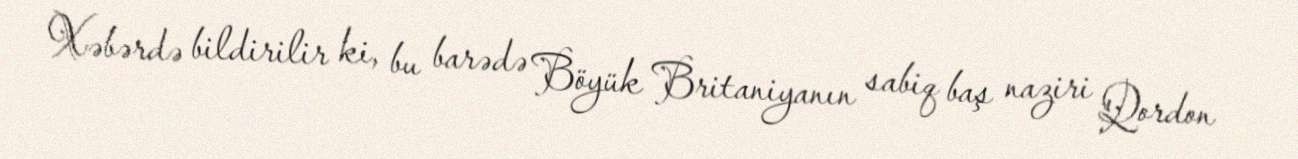
Xəbərdə bildirilir ki, bu barədə Böyük Britaniyanın sabiq baş naziri Qordon